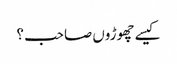
کیسے چھوڑوں صاحب ؟